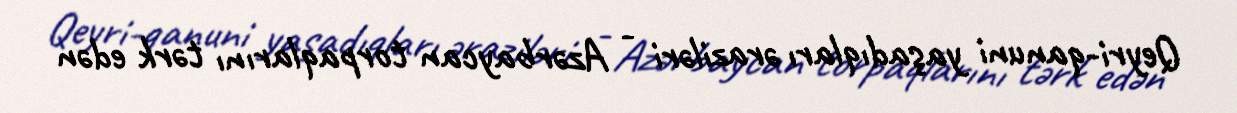
Qeyri-qanuni yaşadıqları əraziləri - Azərbaycan torpaqlarını tərk edən